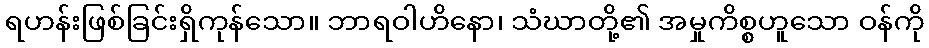
ရဟန်းဖြစ်ခြင်းရှိကုန်သော။ ဘာရဝါဟိနော၊ သံဃာတို့၏ အမှုကိစ္စဟူသော ဝန်ကို